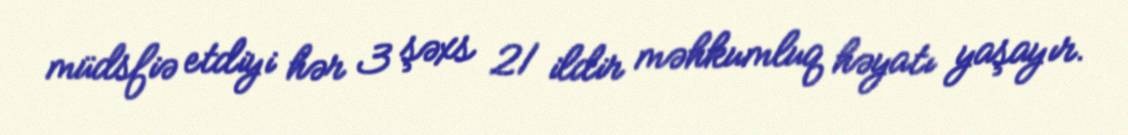
müdsfiə etdiyi hər 3 şəxs 21 ildir məhkumluq həyatı yaşayır.